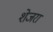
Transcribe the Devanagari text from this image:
शेजरा